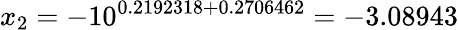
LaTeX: x_{2}=-10^{0.2192318+0.2706462}=-3.08943